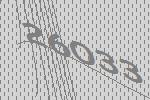
26033